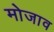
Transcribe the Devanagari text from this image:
मोजाव